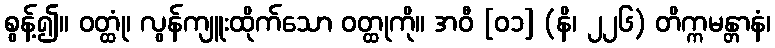
စွန့်၍။ ဝတ္ထုံ၊ လွန်ကျူးထိုက်သော ဝတ္ထုကို။ အဝီ [၀၁] (နိ၊ ၂၂၆) တိက္ကမန္တာနံ၊